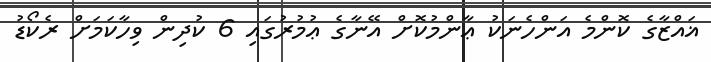
ޣައްޒާގެ ކޮންމެ އަންހެނަކު ޢާންމުކޮށް އޭނާގެ ޢުމުރުގައި 6 ކުދިން ވިހާކަމަށް ރެކޯޑު